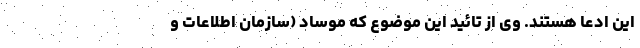
این ادعا هستند. وی از تائید این موضوع که موساد (سازمان اطلاعات و